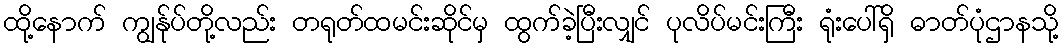
ထို့နောက် ကျွန်ုပ်တို့လည်း တရုတ်ထမင်းဆိုင်မှ ထွက်ခဲ့ပြီးလျှင် ပုလိပ်မင်းကြီး ရုံးပေါ်ရှိ ဓာတ်ပုံဌာနသို့